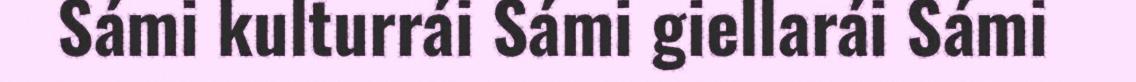
Sámi kulturrái Sámi giellarái Sámi